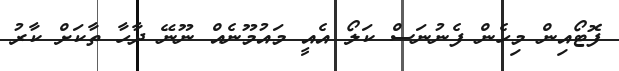
ފޮޓޯއިން މިހެން ފެނުނަސް ކަލޯ އެއީ މައުމޫނެއް ނޫނޭ ދާހާ ތާކަށް ކާރު